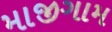
માજીગામ